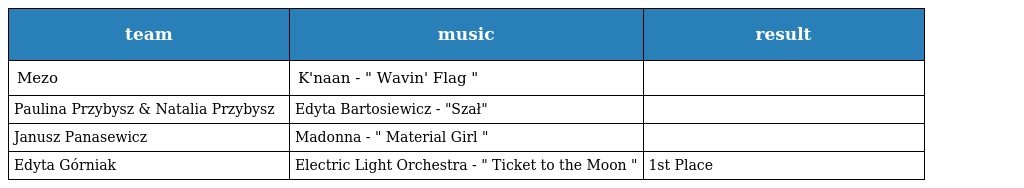
| team | music | result |
 | --- | --- | --- |
 | Mezo | K'naan - " Wavin' Flag " |  |
 | Paulina Przybysz & Natalia Przybysz | Edyta Bartosiewicz - "Szał" |  |
 | Janusz Panasewicz | Madonna - " Material Girl " |  |
 | Edyta Górniak | Electric Light Orchestra - " Ticket to the Moon " | 1st Place |